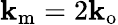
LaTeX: \mathbf{k}_{\mathrm{{m}}}=2\mathbf{k}_{\mathrm{{o}}}